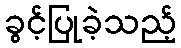
ခွင့်ပြုခဲ့သည့်